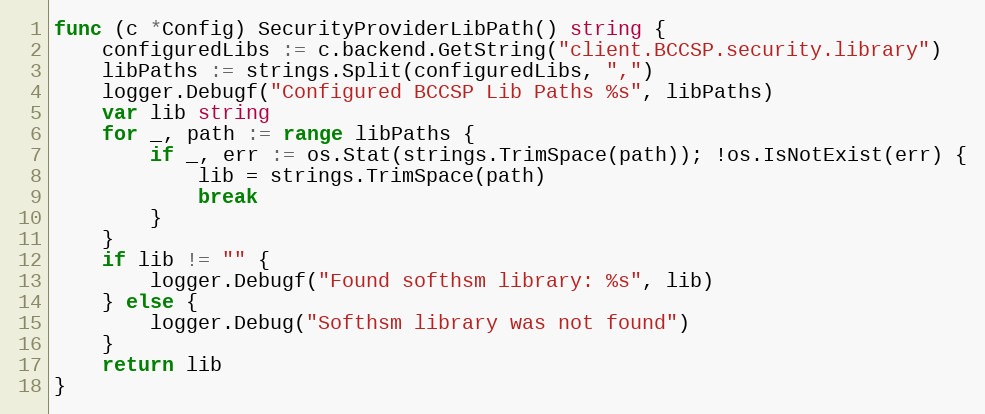
Language: Go
func (c *Config) SecurityProviderLibPath() string {
	configuredLibs := c.backend.GetString("client.BCCSP.security.library")
	libPaths := strings.Split(configuredLibs, ",")
	logger.Debugf("Configured BCCSP Lib Paths %s", libPaths)
	var lib string
	for _, path := range libPaths {
		if _, err := os.Stat(strings.TrimSpace(path)); !os.IsNotExist(err) {
			lib = strings.TrimSpace(path)
			break
		}
	}
	if lib != "" {
		logger.Debugf("Found softhsm library: %s", lib)
	} else {
		logger.Debug("Softhsm library was not found")
	}
	return lib
}